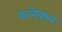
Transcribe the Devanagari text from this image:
कलेक्श्न